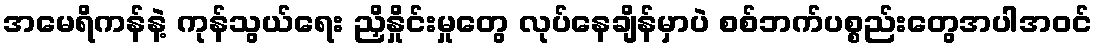
အမေရိကန်နဲ့ ကုန်သွယ်ရေး ညှိနှိုင်းမှုတွေ လုပ်နေချိန်မှာပဲ စစ်ဘက်ပစ္စည်းတွေအပါအဝင်